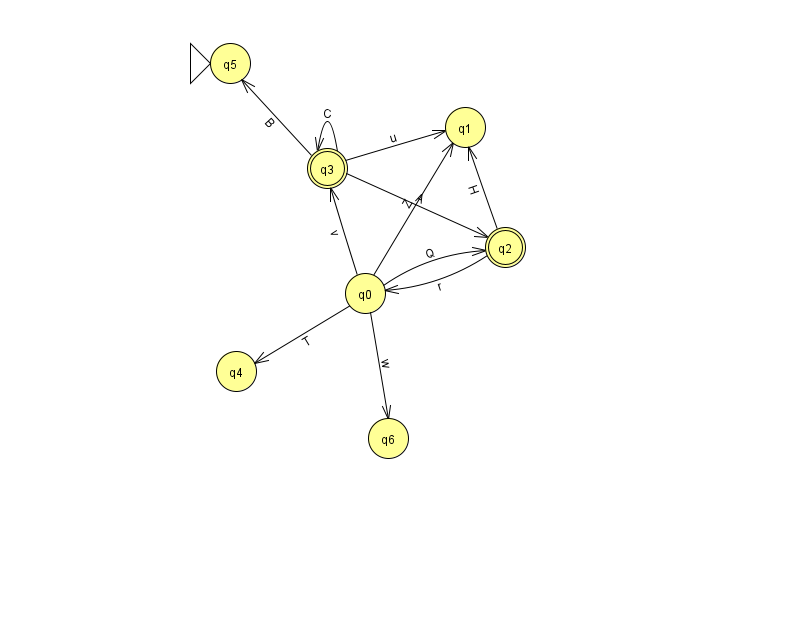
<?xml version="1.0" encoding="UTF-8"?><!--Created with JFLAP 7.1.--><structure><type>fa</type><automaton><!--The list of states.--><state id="0" name="q0"><x>365.0</x><y>280.0</y></state><state id="1" name="q1"><x>465.0</x><y>114.0</y></state><state id="2" name="q2"><x>505.0</x><y>234.0</y><final/></state><state id="3" name="q3"><x>327.0</x><y>155.0</y><final/></state><state id="4" name="q4"><x>236.0</x><y>358.0</y></state><state id="5" name="q5"><x>230.0</x><y>50.0</y><initial/></state><state id="6" name="q6"><x>388.0</x><y>425.0</y></state><!--The list of transitions.--><transition><from>0</from><to>1</to><read>Z</read></transition><transition><from>0</from><to>6</to><read>w</read></transition><transition><from>3</from><to>3</to><read>C</read></transition><transition><from>0</from><to>3</to><read>v</read></transition><transition><from>0</from><to>4</to><read>T</read></transition><transition><from>2</from><to>0</to><read>r</read></transition><transition><from>2</from><to>1</to><read>H</read></transition><transition><from>3</from><to>2</to><read>A</read></transition><transition><from>0</from><to>2</to><read>Q</read></transition><transition><from>3</from><to>1</to><read>u</read></transition><transition><from>3</from><to>5</to><read>B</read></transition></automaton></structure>